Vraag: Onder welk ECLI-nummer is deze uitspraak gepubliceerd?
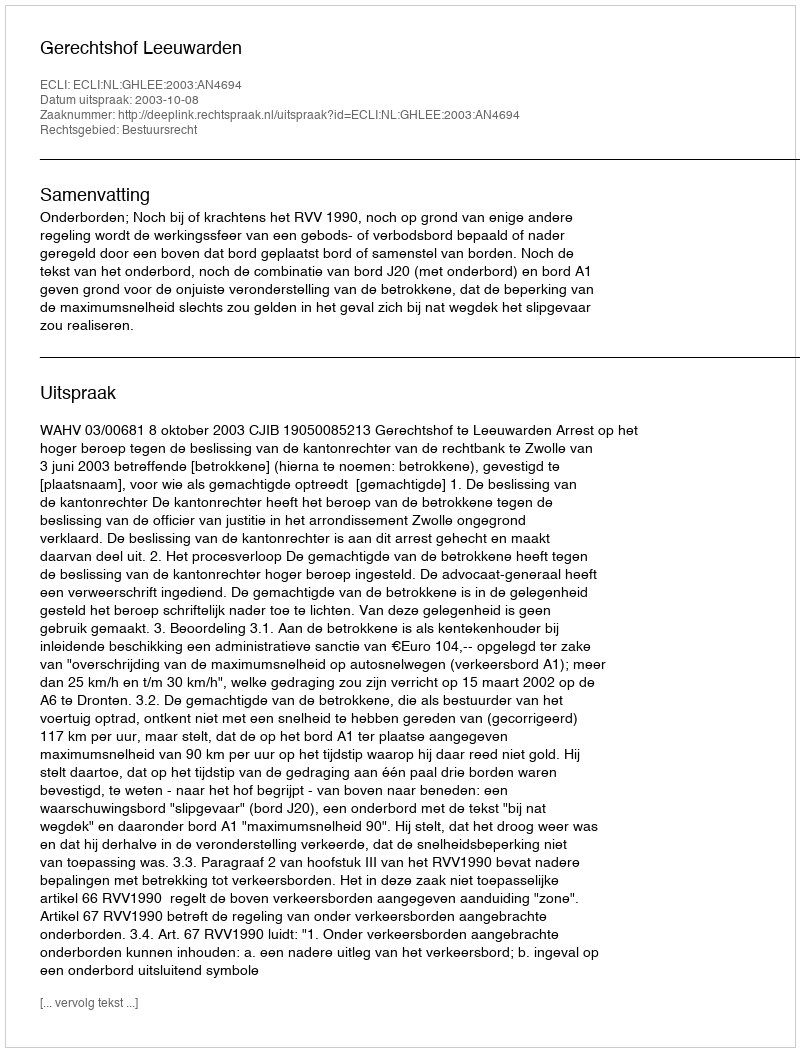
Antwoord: ECLI:NL:GHLEE:2003:AN4694